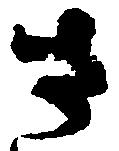
さ